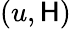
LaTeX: (u,\mathsf{H})